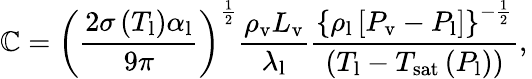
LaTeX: \mathbb{C}=\left(\frac{{2\sigma\left(T_{\mathrm{{l}}}\right)\alpha_{\mathrm{{l}}}}}{{9\pi}}\right)^{\frac{{1}}{{2}}}\frac{{\rho_{\mathrm{{v}}}L_{\mathrm{{v}}}}}{{\lambda_{\mathrm{{l}}}}}\frac{{\left\{ \rho_{\mathrm{{l}}}\left[P_{\mathrm{{v}}}-P_{\mathrm{{l}}}\right]\right\} ^{-\frac{{1}}{{2}}}}}{{\left(T_{\mathrm{{l}}}-T_{\mathrm{{sat}}}\left(P_{\mathrm{{l}}}\right)\right)}},\,